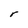
Character: r